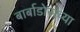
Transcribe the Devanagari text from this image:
बार्बाडोसच्या